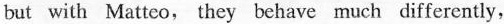
but with Matteo, they behave much differently,